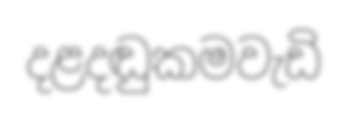
දළදඬුකමවැඩි